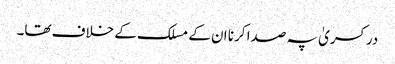
در کسریٰ پہ صدا کرنا ان کے مسلک کے خلاف تھا۔